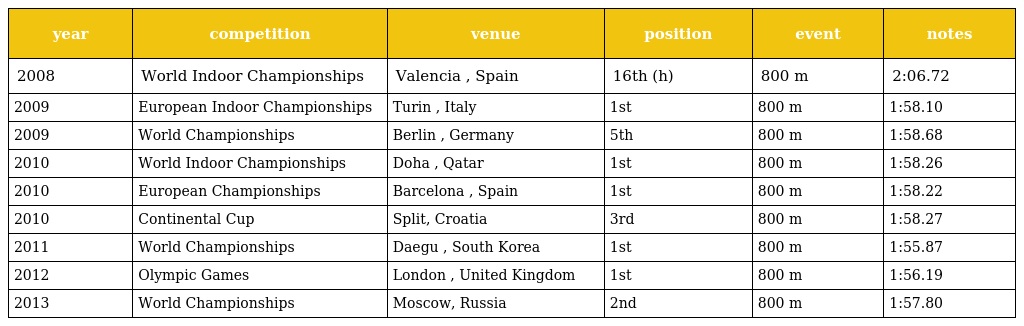
| year | competition | venue | position | event | notes |
 | --- | --- | --- | --- | --- | --- |
 | 2008 | World Indoor Championships | Valencia , Spain | 16th (h) | 800 m | 2:06.72 |
 | 2009 | European Indoor Championships | Turin , Italy | 1st | 800 m | 1:58.10 |
 | 2009 | World Championships | Berlin , Germany | 5th | 800 m | 1:58.68 |
 | 2010 | World Indoor Championships | Doha , Qatar | 1st | 800 m | 1:58.26 |
 | 2010 | European Championships | Barcelona , Spain | 1st | 800 m | 1:58.22 |
 | 2010 | Continental Cup | Split, Croatia | 3rd | 800 m | 1:58.27 |
 | 2011 | World Championships | Daegu , South Korea | 1st | 800 m | 1:55.87 |
 | 2012 | Olympic Games | London , United Kingdom | 1st | 800 m | 1:56.19 |
 | 2013 | World Championships | Moscow, Russia | 2nd | 800 m | 1:57.80 |